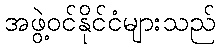
အဖွဲ့ဝင်နိုင်ငံများသည်